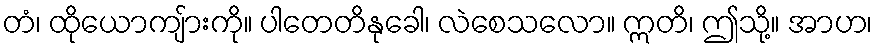
တံ၊ ထိုယောကျ်ားကို။ ပါတေတိနုခေါ၊ လဲစေသလော။ ဣတိ၊ ဤသို့။ အာဟ၊